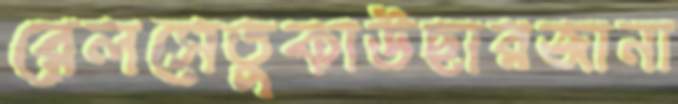
রেলসেতুকাউছারজানা